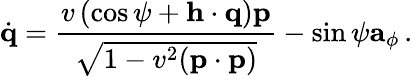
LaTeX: \dot{\mathbf q}=\frac{v\left(\cos\psi+{\mathbf h}\cdot\mathbf{q}\right){\mathbf p}}{\sqrt{1-v^{2}({\mathbf p}\cdot{\mathbf p})}}-\sin\psi{\mathbf a}_{\phi}\, .